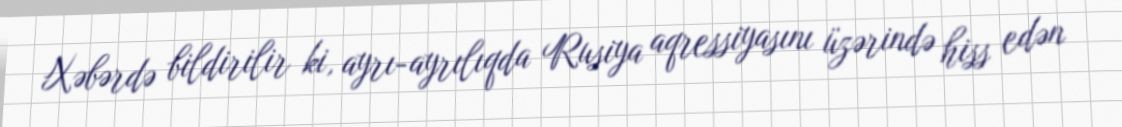
Xəbərdə bildirilir ki, ayrı-ayrılıqda Rusiya aqressiyasını üzərində hiss edən